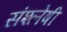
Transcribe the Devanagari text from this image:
संश्लेषी